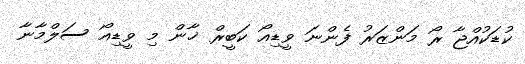
ކުޑަކުއްޖާ ރޯ މަންޒަރު ފެންނަ ވީޑިއޯ ކަބީރް ޚާން މި ވީޑިއޯ ސަލްމާނާ